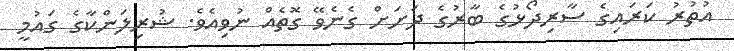
އުތުރު ކަރައިގެ ސާރިދޯޅުގެ ބާރުގެ ދަށަށް ގެނެވޭ ގޮތެއް ނުވިއެވެ. ޝުރިލަންކާގެ ގައުމީ